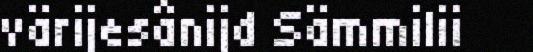
värijesânijd Sämmilii